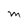
Character: M